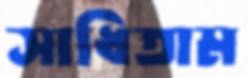
সাধিতাম